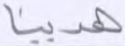
هدينا